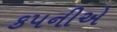
કપનીએ